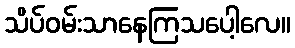
သိပ်ဝမ်းသာနေကြသပေါ့လေ။